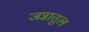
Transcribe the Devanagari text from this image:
जन्नातुल